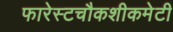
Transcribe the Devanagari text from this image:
फारेस्टचौकशीकमेटी